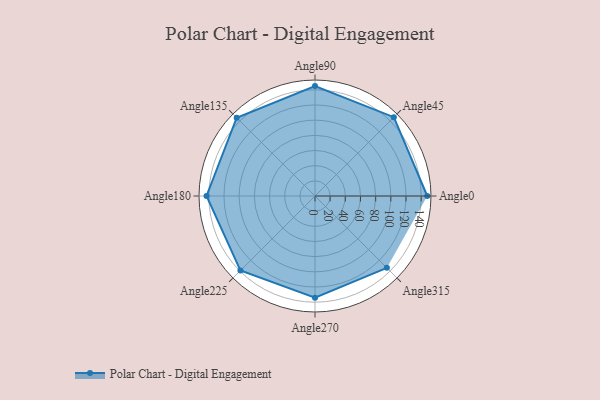
{"axis": {"x": "Angle", "y": "Radius"}, "legend": [""], "data": [{"x": "Angle0", "y": 148.0, "type": ""}, {"x": "Angle45", "y": 147.0, "type": ""}, {"x": "Angle90", "y": 145.0, "type": ""}, {"x": "Angle135", "y": 146.0, "type": ""}, {"x": "Angle180", "y": 143.0, "type": ""}, {"x": "Angle225", "y": 139.0, "type": ""}, {"x": "Angle270", "y": 134.0, "type": ""}, {"x": "Angle315", "y": 134.0, "type": ""}]}